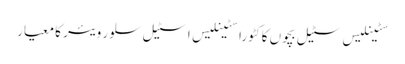
سٹینلیس سٹیل بچوں کا کٹورا سٹینلیس اسٹیل سلور ویئر کا معیار